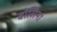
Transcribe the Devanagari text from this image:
बोसिना